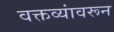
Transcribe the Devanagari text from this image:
वक्तव्यांवरून